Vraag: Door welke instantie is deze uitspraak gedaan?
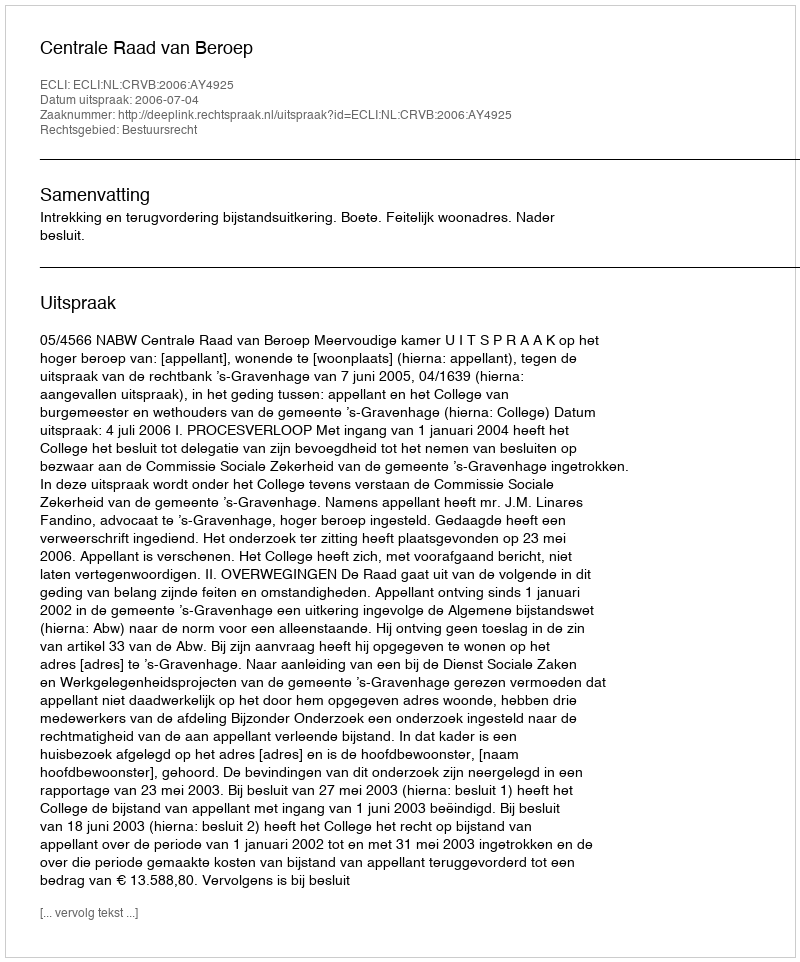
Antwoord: Centrale Raad van Beroep